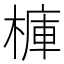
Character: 𣘍